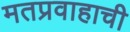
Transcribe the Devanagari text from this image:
मतप्रवाहाची